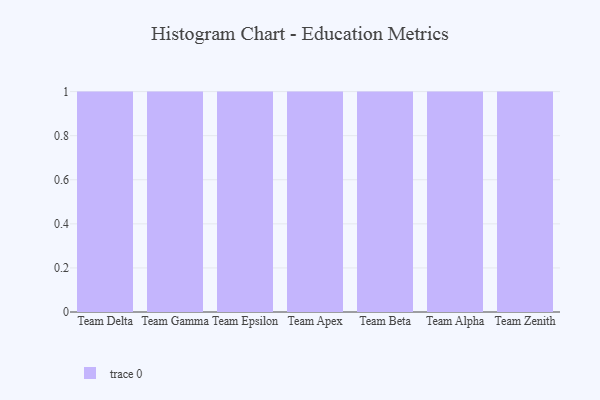
{"axis": {"x": "Team", "y": "Humidity (%)"}, "legend": [""], "data": [{"x": "Team Delta", "y": 33, "type": ""}, {"x": "Team Gamma", "y": 90, "type": ""}, {"x": "Team Epsilon", "y": 74, "type": ""}, {"x": "Team Apex", "y": 30, "type": ""}, {"x": "Team Beta", "y": 52, "type": ""}, {"x": "Team Alpha", "y": 39, "type": ""}, {"x": "Team Zenith", "y": 80, "type": ""}]}